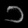
Digit: ၁